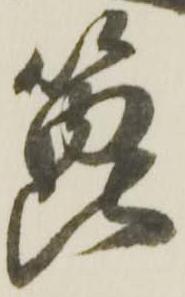
箆